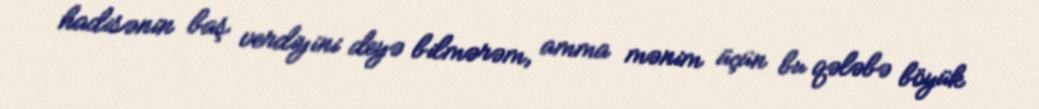
hadisənin baş verdiyini deyə bilmərəm, amma mənim üçün bu qələbə böyük